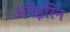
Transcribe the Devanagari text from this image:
अनेइरिन